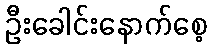
ဦးခေါင်းနောက်စေ့